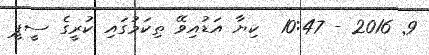
9